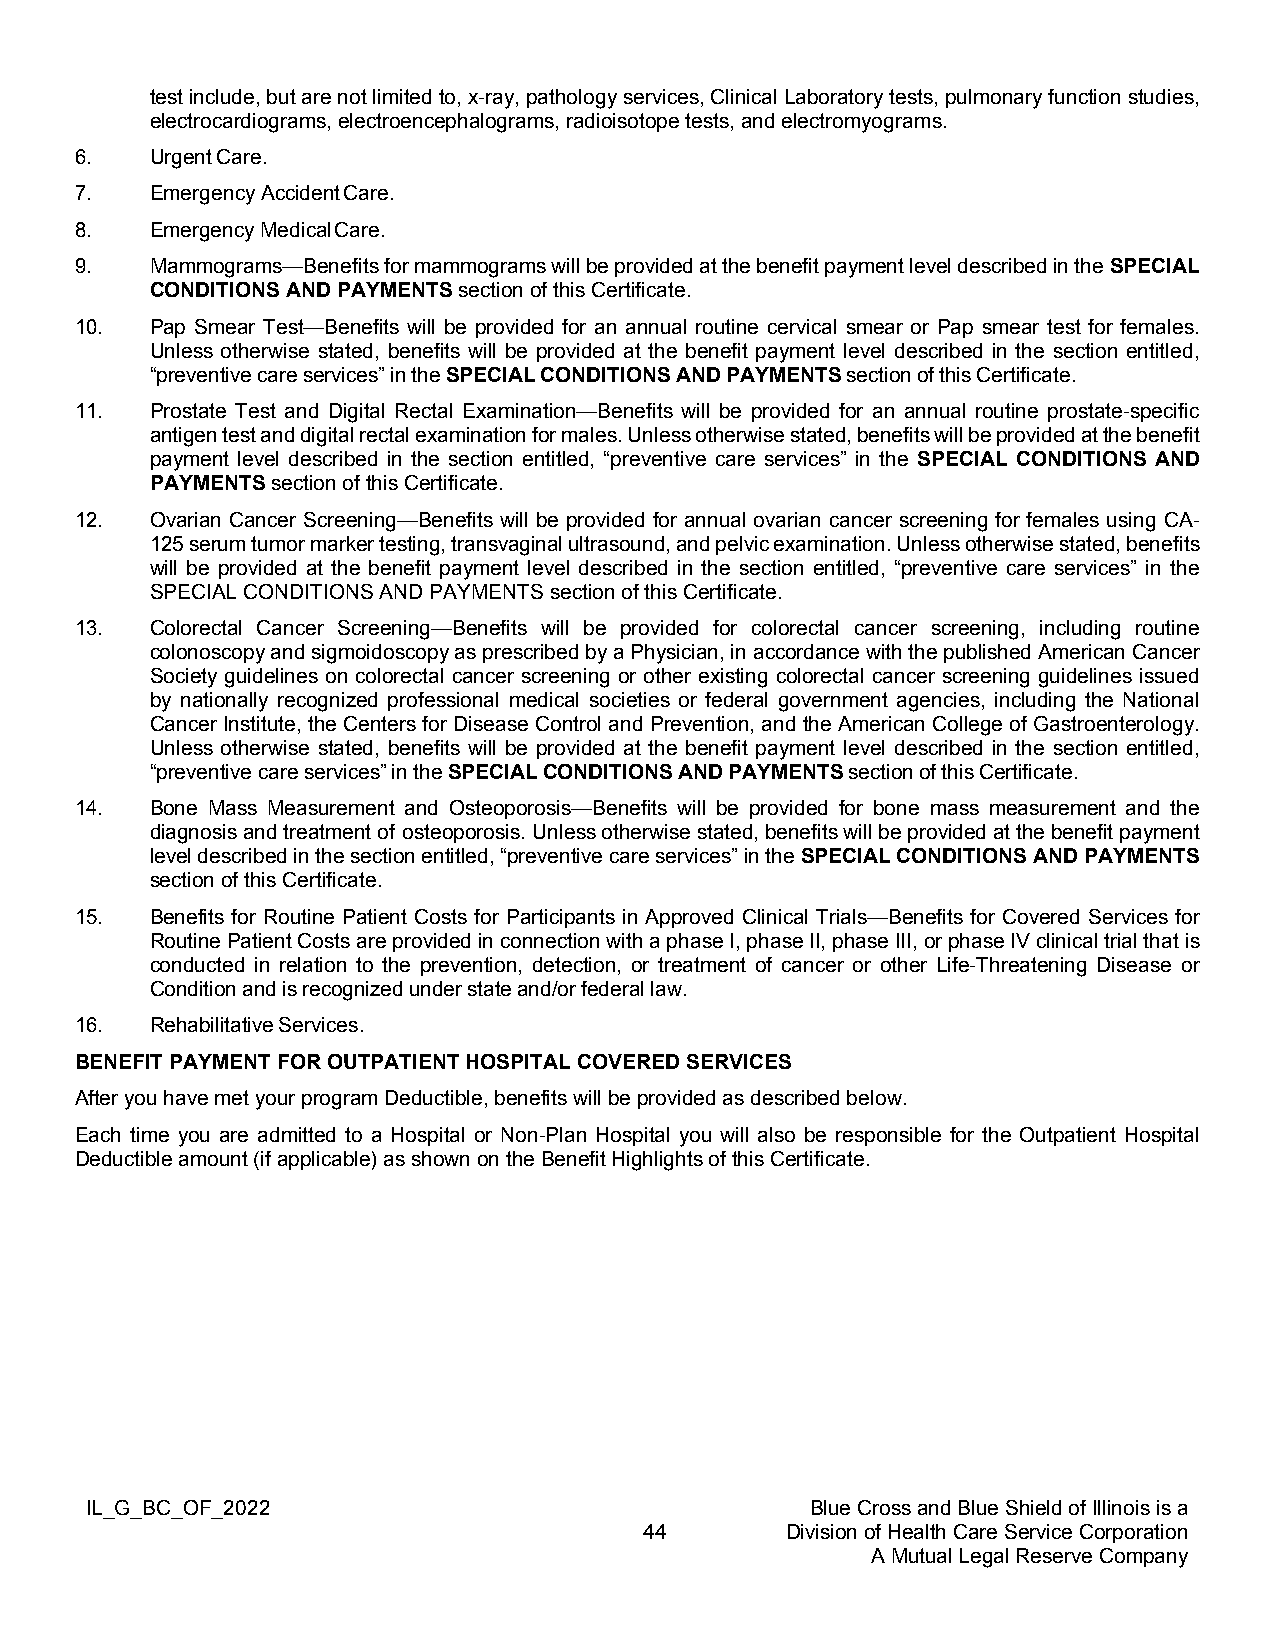
test include, but are not limited to, x-ray, pathology services, Clinical Laboratory tests, pulmonary function studies,
 electrocardiograms, electroencephalograms, radioisotope tests, and electromyograms.
 6.   Urgent Care.
 7.   Emergency Accident Care.
 8.   Emergency Medical Care.
 9.   Mammograms—Benefits for mammograms will be provided at the benefit payment level described in the SPECIAL
 CONDITIONS AND PAYMENTS section of this Certificate.
 10.  Pap Smear Test—Benefits will be provided for an annual routine cervical smear or Pap smear test for females.
 Unless otherwise stated, benefits will be provided at the benefit payment level described in the section entitled,
 “preventive care services” in the SPECIAL CONDITIONS AND PAYMENTS section of this Certificate.
 11.  Prostate Test and Digital Rectal Examination—Benefits will be provided for an annual routine prostate-specific
 antigen test and digital rectal examination for males. Unless otherwise stated, benefits will be provided at the benefit
 payment level described in the section entitled, “preventive care services” in the SPECIAL CONDITIONS AND
 PAYMENTS section of this Certificate.
 12.  Ovarian Cancer Screening—Benefits will be provided for annual ovarian cancer screening for females using CA-
 125 serum tumor marker testing, transvaginal ultrasound, and pelvic examination. Unless otherwise stated, benefits
 will be provided at the benefit payment level described in the section entitled, “preventive care services” in the
 SPECIAL CONDITIONS AND PAYMENTS section of this Certificate.
 13.  Colorectal Cancer Screening—Benefits will be provided for colorectal cancer screening, including routine
 colonoscopy and sigmoidoscopy as prescribed by a Physician, in accordance with the published American Cancer
 Society guidelines on colorectal cancer screening or other existing colorectal cancer screening guidelines issued
 by nationally recognized professional medical societies or federal government agencies, including the National
 Cancer Institute, the Centers for Disease Control and Prevention, and the American College of Gastroenterology.
 Unless otherwise stated, benefits will be provided at the benefit payment level described in the section entitled,
 “preventive care services” in the SPECIAL CONDITIONS AND PAYMENTS section of this Certificate.
 14.  Bone Mass Measurement and Osteoporosis—Benefits will be provided for bone mass measurement and the
 diagnosis and treatment of osteoporosis. Unless otherwise stated, benefits will be provided at the benefit payment
 level described in the section entitled, “preventive care services” in the SPECIAL CONDITIONS AND PAYMENTS
 section of this Certificate.
 15.  Benefits for Routine Patient Costs for Participants in Approved Clinical Trials—Benefits for Covered Services for
 Routine Patient Costs are provided in connection with a phase I, phase II, phase III, or phase IV clinical trial that is
 conducted in relation to the prevention, detection, or treatment of cancer or other Life-Threatening Disease or
 Condition and is recognized under state and/or federal law.
 16.  Rehabilitative Services.
 BENEFIT PAYMENT FOR OUTPATIENT HOSPITAL COVERED SERVICES
 After you have met your program Deductible, benefits will be provided as described below.
 Each time you are admitted to a Hospital or Non-Plan Hospital you will also be responsible for the Outpatient Hospital
 Deductible amount (if applicable) as shown on the Benefit Highlights of this Certificate.
 IL_G_BC_OF_2022                                 Blue Cross and Blue Shield of Illinois is a
 44       Division of Health Care Service Corporation
 A Mutual Legal Reserve Company